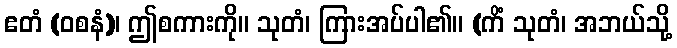
ဧတံ (ဝစနံ)၊ ဤစကားကို။ သုတံ၊ ကြားအပ်ပါ၏။ (ကိံ သုတံ၊ အဘယ်သို့